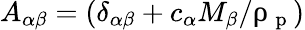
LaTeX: A_{\alpha\beta}=(\delta_{\alpha\beta}+c_{\alpha}M_{\beta}/\uprho_{\mathrm{~p~}})